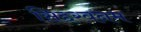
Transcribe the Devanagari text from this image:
सिद्दरवनम